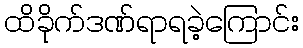
ထိခိုက်ဒဏ်ရာရခဲ့ကြောင်း